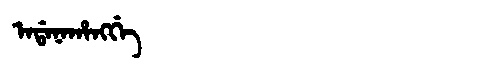
Manchu: ᠠᡩᠠᠨᠠᡥᠠᠩᡤᡝ
Romanization: ADANAHANGGE